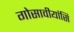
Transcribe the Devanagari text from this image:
गोसावीयांसि